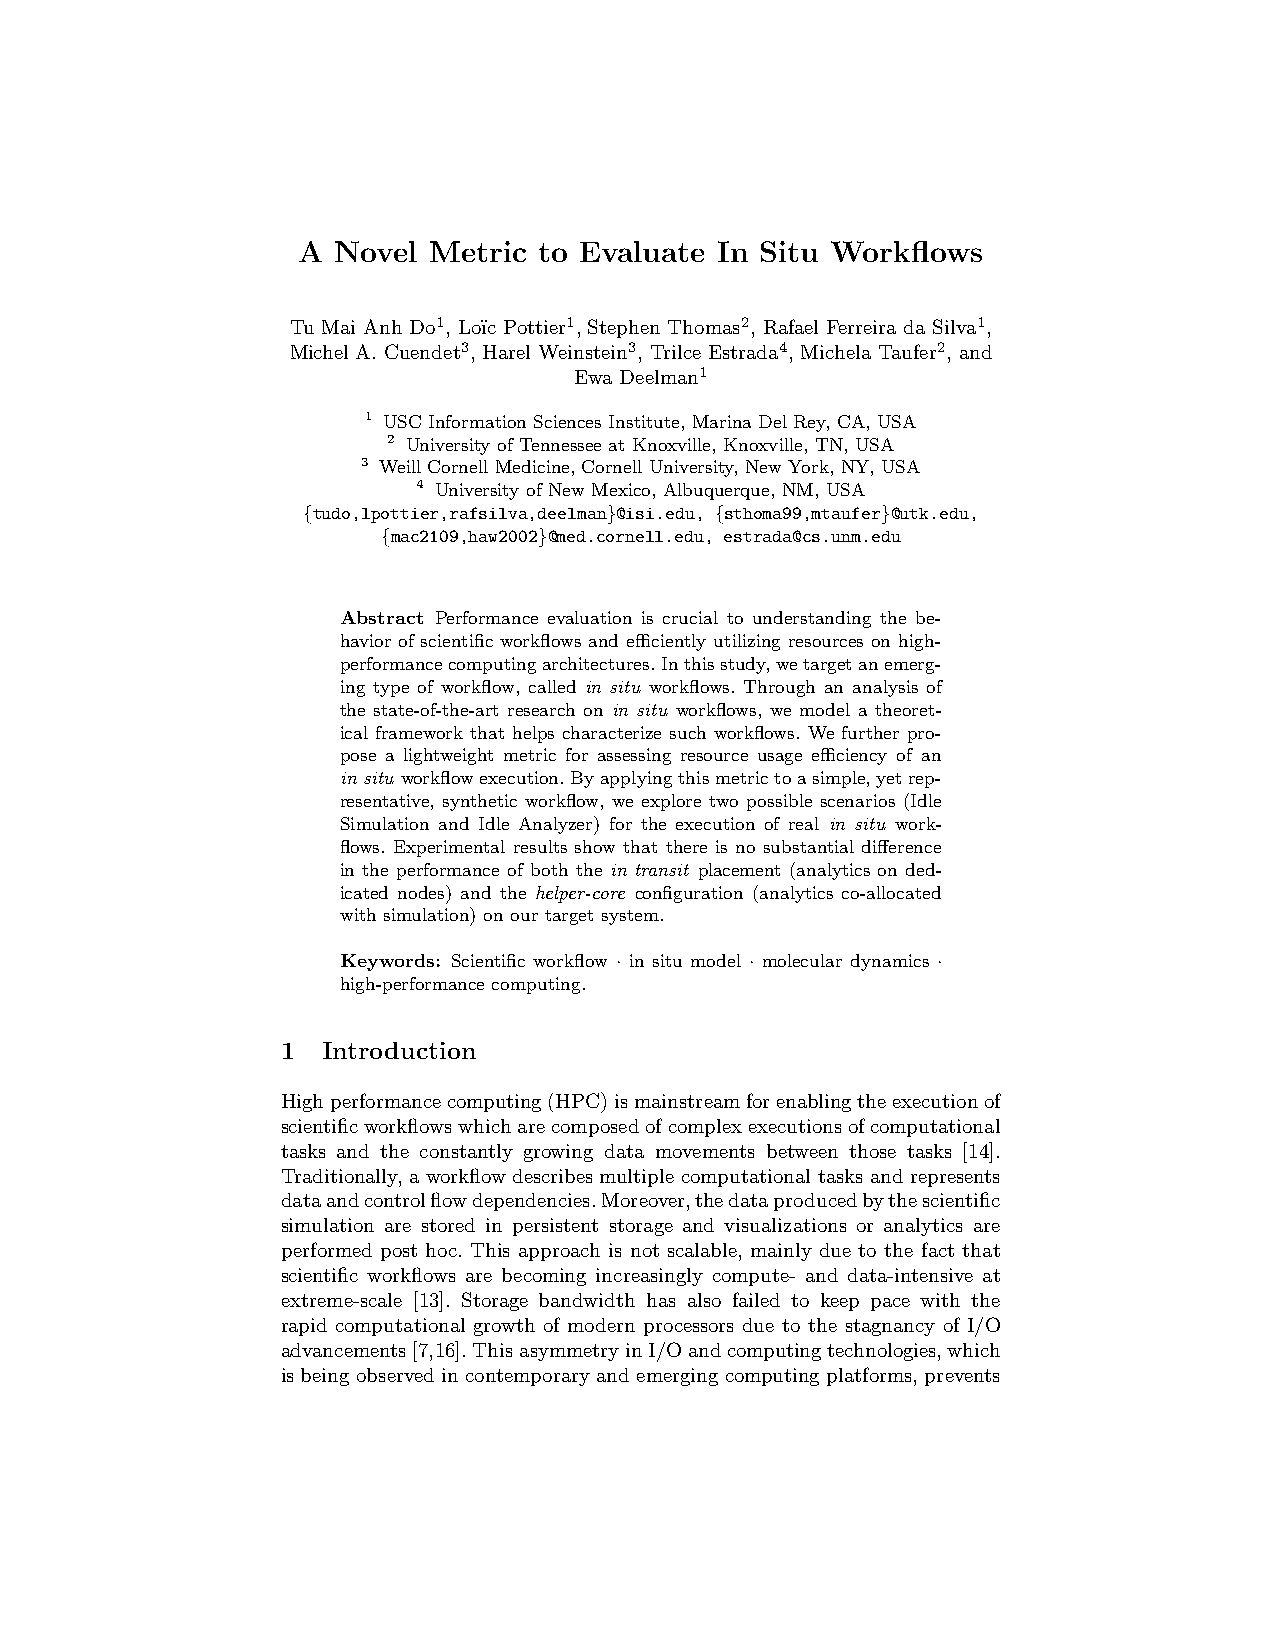
A Novel Metric  to Evaluate In Situ Workflows
 Tu Mai Anh Do1, Lo¨ıc Pottier1, Stephen Thomas2, Rafael Ferreira da Silva1,
 Michel A. Cuendet3, Harel Weinstein3, Trilce Estrada4, Michela Taufer2, and
 Ewa Deelman1
 1 USC Information Sciences Institute, Marina Del Rey, CA, USA
 2 University of Tennessee at Knoxville, Knoxville, TN, USA
 3 Weill Cornell Medicine, Cornell University, New York, NY, USA
 4 University of New Mexico, Albuquerque, NM, USA
 {tudo,lpottier,rafsilva,deelman}@isi.edu, {sthoma99,mtaufer}@utk.edu,
 {mac2109,haw2002}@med.cornell.edu, estrada@cs.unm.edu
 Abstract Performance evaluation is crucial to understanding the be-
 havior of scientific workflows and efficiently utilizing resources on high-
 performancecomputingarchitectures.Inthisstudy,wetargetanemerg-
 ing type of workflow, called in situ workflows. Through an analysis of
 the state-of-the-art research on in situ workflows, we model a theoret-
 ical framework that helps characterize such workflows. We further pro-
 pose a lightweight metric for assessing resource usage efficiency of an
 in situ workflowexecution.Byapplyingthismetrictoasimple,yetrep-
 resentative, synthetic workflow, we explore two possible scenarios (Idle
 Simulation and Idle Analyzer) for the execution of real in situ work-
 flows. Experimental results show that there is no substantial difference
 in the performance of both the in transit placement (analytics on ded-
 icated nodes) and the helper-core configuration (analytics co-allocated
 with simulation) on our target system.
 Keywords: Scientific workflow · in situ model · molecular dynamics ·
 high-performance computing.
 1 Introduction
 Highperformancecomputing(HPC)ismainstreamforenablingtheexecutionof
 scientificworkflowswhicharecomposedofcomplexexecutionsofcomputational
 tasks and the constantly growing data movements between those tasks [14].
 Traditionally, a workflow describes multiple computational tasks and represents
 dataandcontrolflowdependencies.Moreover,thedataproducedbythescientific
 simulation are stored in persistent storage and visualizations or analytics are
 performed post hoc. This approach is not scalable, mainly due to the fact that
 scientific workflows are becoming increasingly compute- and data-intensive at
 extreme-scale [13]. Storage bandwidth has also failed to keep pace with the
 rapid computational growth of modern processors due to the stagnancy of I/O
 advancements[7,16].ThisasymmetryinI/Oandcomputingtechnologies,which
 is being observed in contemporary and emerging computing platforms, prevents